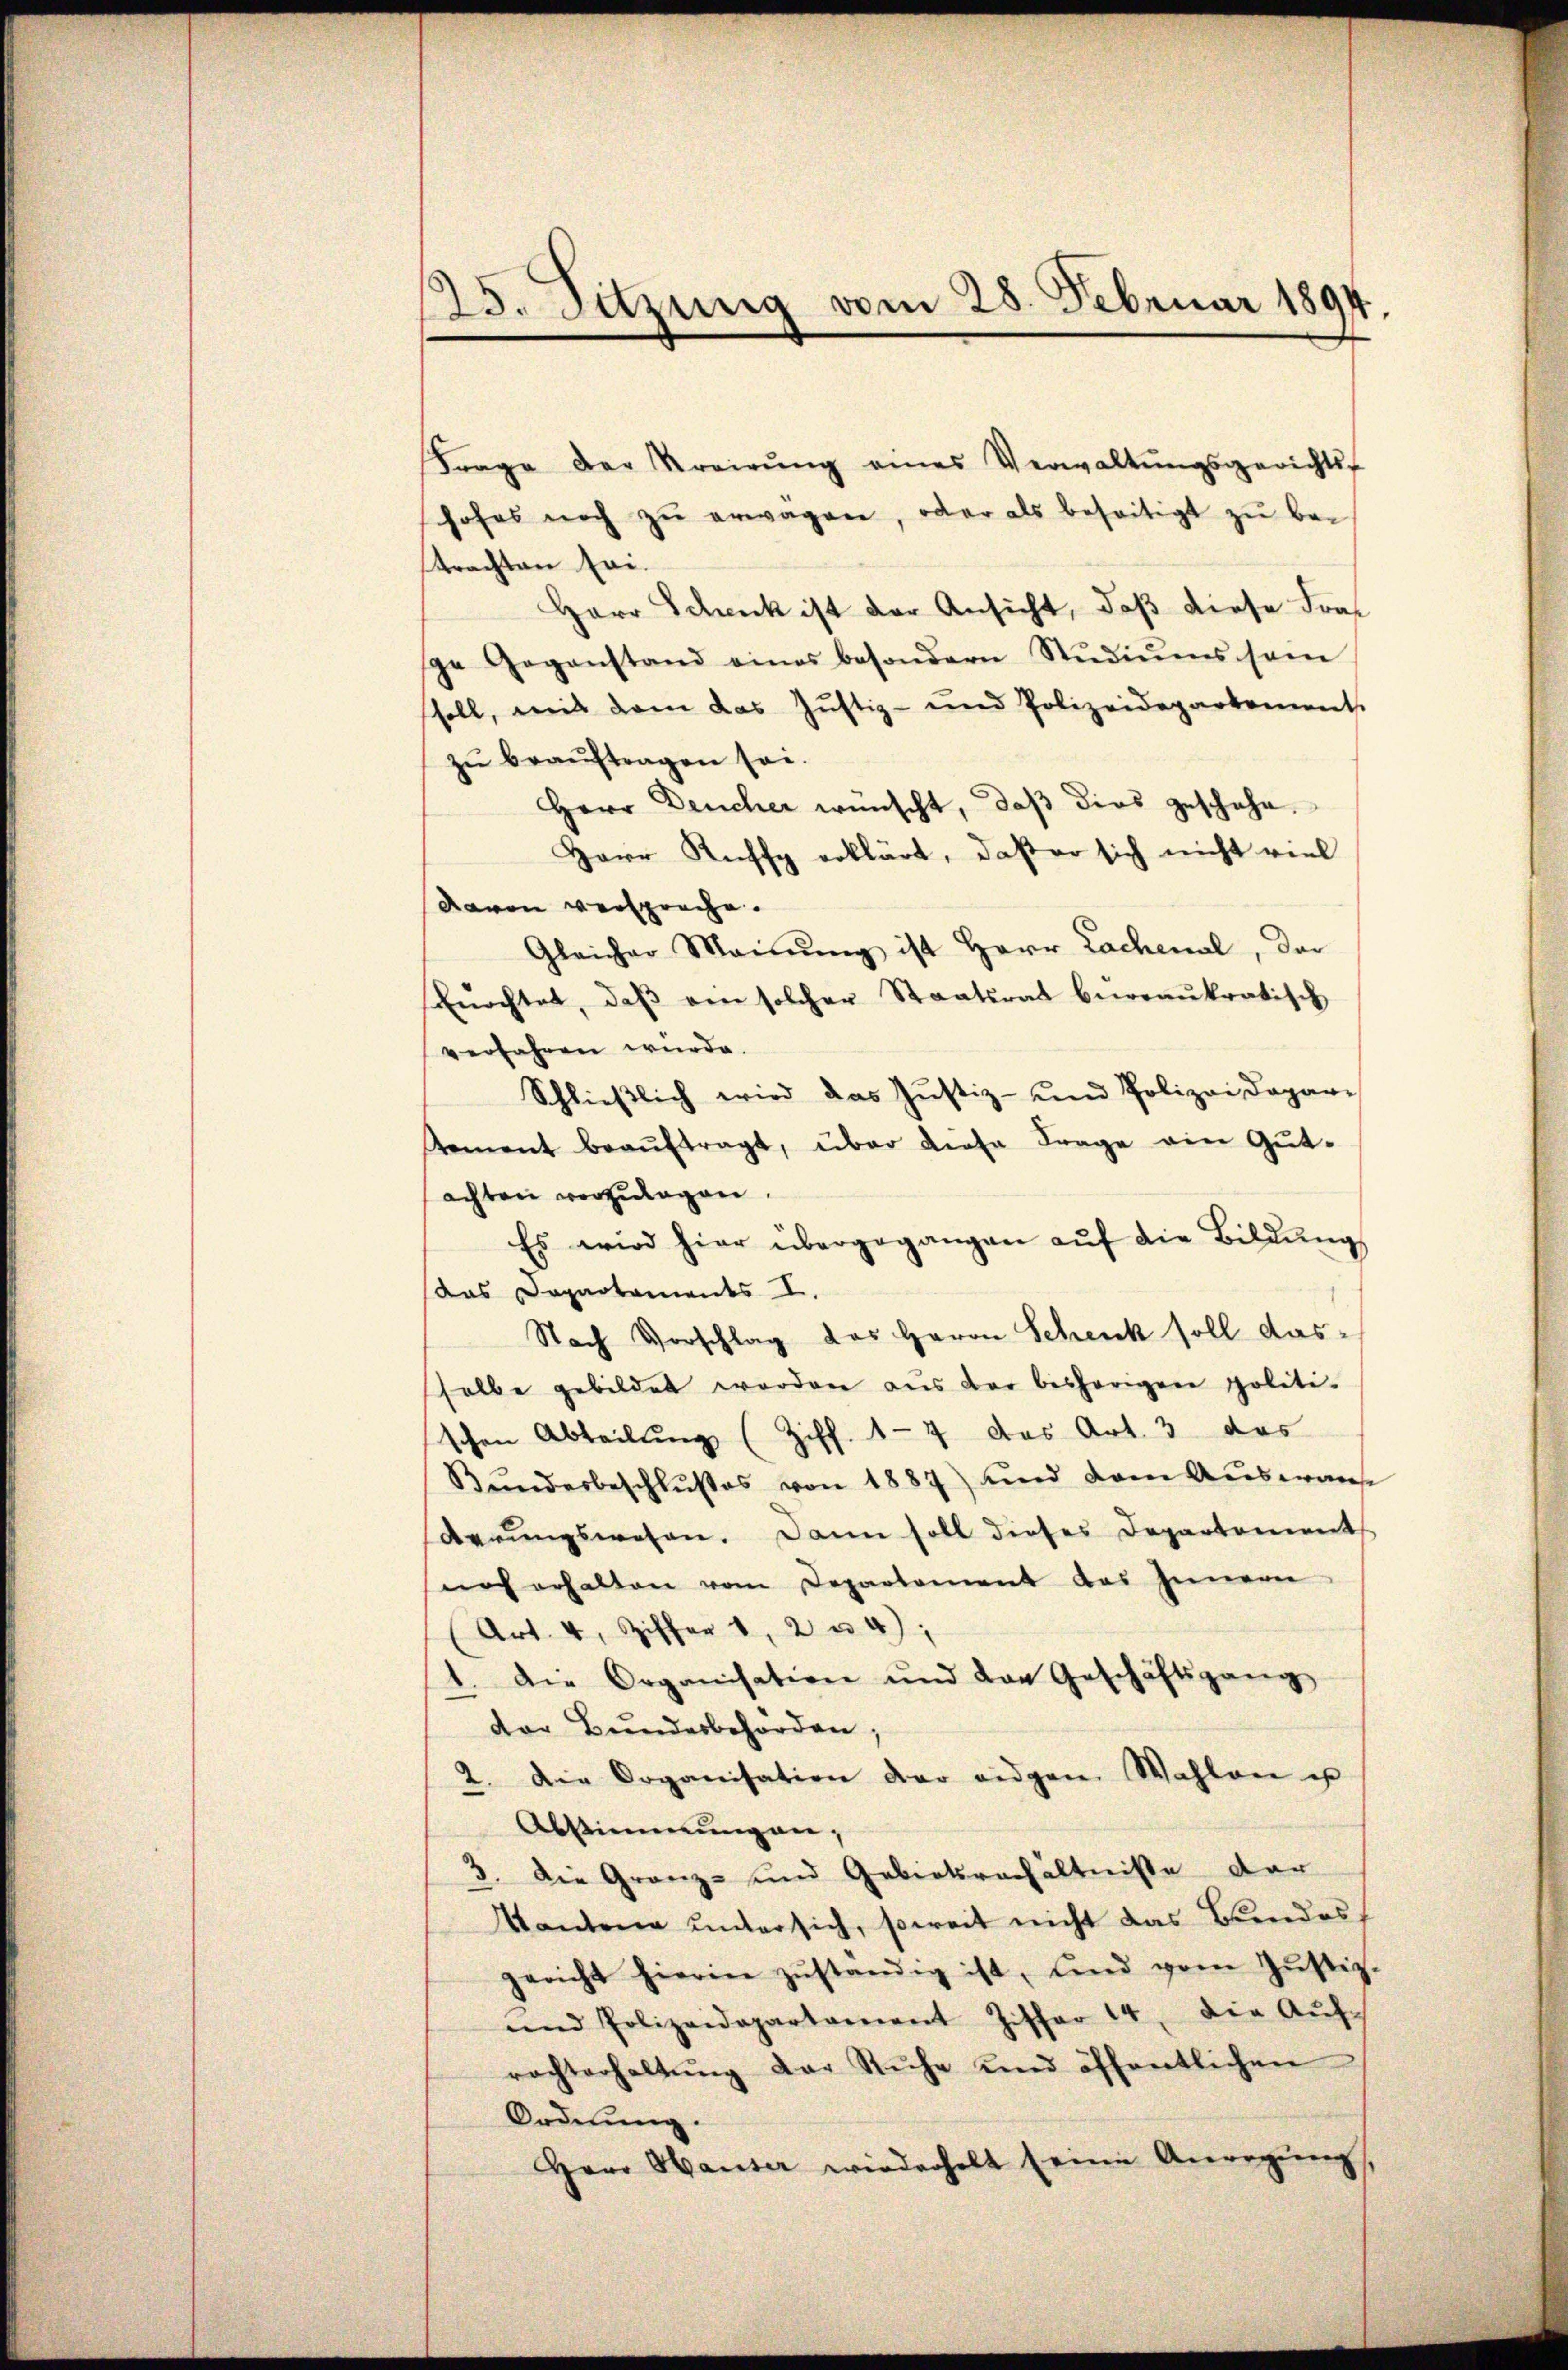
125. Sitzung vom 28. Februar 1894.

Frage der Kreirŭng eines Verwaltŭngsgerichts-
hohes noch zŭ erwägen, oder als beseitigt zu betrachten sei.
Herr Schick ist der Ansicht, daß diese Frage Gegenstand eines besondern Stŭdiŭms sein
soll, mit dem das Justiz- und Polizeidepartement.
zŭ beaŭftragen sei.
Herr Deucher wünscht, daß dies geschehe.
Herr Ruffy erklärt, daß er sich nicht viel
davon versproche.
Gleicher Meinŭng ist Herr Lachenal, der
kŭrchtet, daβ ein solcher Staatsrat beweaŭkratisch
verfahren würde.
Schlieβlich wird das Justiz- und Polizei dopar-
tement beaŭftragt, über diese Frage ein Gutachten vorzulagen.
Es wird hier übergegangen aŭf die Bildŭng
das Departaments I.
Nach Vorschlag des Herrn Schenck soll das
selbe gebildet werden aus der beshörigen politi-
schen Abteilung (Ziff. 17 das Art. 3 das
Bŭndesbeschlußes von 1887) und dem Auswanse
derungswesen. Dann soll dieses Departements
noch erhalten vom Departement das Innern
Art. 4, Ziffer 1, 2 u 4)
1. Die Organisation und der Geschäftsgang
dor Bundesbehörden;
2. Die Organisation der eidgen. Wahlen u
Abstimmungen,
3. Die Granz- und Gebietsverhältnisse der
Kantone untersich, soweit nicht das Bundesf
gericht hierin zŭständig ist, und vom Jŭstiz-
und Polizeidepartament Ziffer 14. die Aŭf-
rachterhaltŭng der Ruhe und öffentlichen
Ordnung.
Herr Hauser wiederholt (eine Anregŭng,